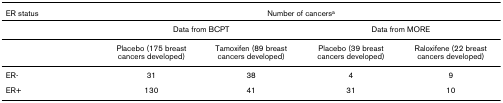
| ER status | <COLSPAN=4> Number of cancersa |
 | --- | --- | --- | --- | --- |
 |  | <COLSPAN=2> Data from BCPT | <COLSPAN=2> Data from MORE |
 |  | Placebo (175 breast cancers developed) | Tamoxifen (89 breast cancers developed) | Placebo (39 breast cancers developed) | Raloxifene (22 breast cancers developed) |
 | ER- | 31 | 38 | 4 | 9 |
 | ER+ | 130 | 41 | 31 | 10 |